King Institute of Preventive Medicine Bacteriolog. Section reports 1907-08
Year: 1907
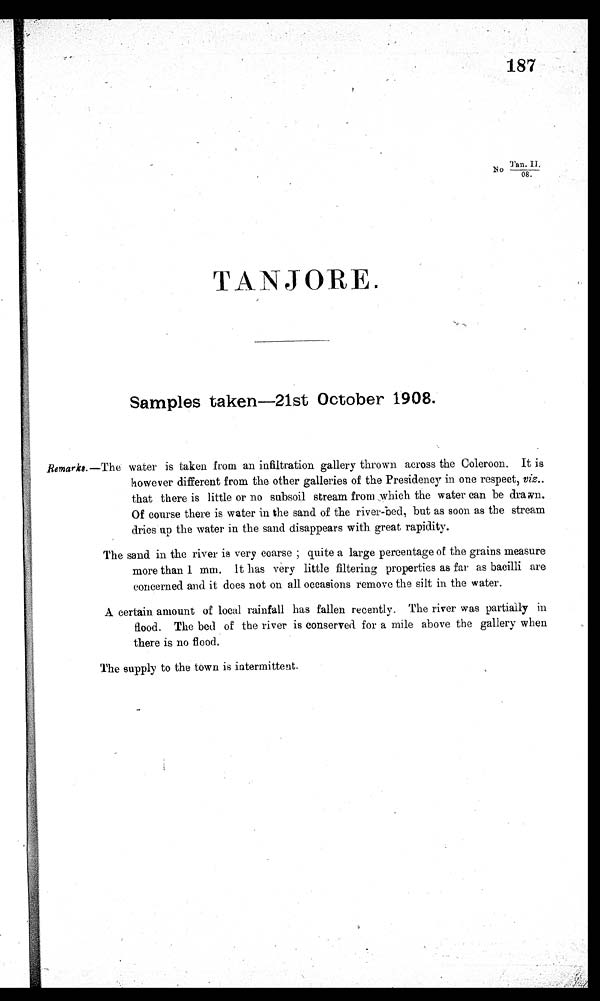
187
No T a n . I I .
/ 0 8 .
TANJORE
Samples taken 21st October 1908.
Remark 8.— The water is taken from an infiltration gallery thrown across the Goleroon. It is
however different from the other galleries of the Presidency in one respect, viz..
that there is little or no subsoil stream from which the water can be drawn.
Of course there is water in the sand of the river-bed, but as soon as the stream
dries up the water in the sand disappears with great rapidity.
The sand in the river is very coarse ; quite a large percentage of the grains measure
more than 1 mm. It has very little filtering properties as far as bacilli are
concerned and it does not on all occasions remove the silt in the water.
A certain amount of local rainfall has fallen recently. The river was partially in
Rood. The bed of the river is conserved for a mile above the gallery when
there is no flood.
The supply to the town is intermittent.